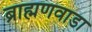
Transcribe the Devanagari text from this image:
ब्राह्मणवाडा